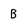
Character: B